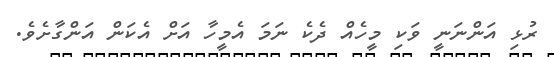
ރުޅި އަންނަނީ ވަކި މީހެއް ދެކެ ނަމަ އެމީހާ އަށް އެކަން އަންގާށެވެ.